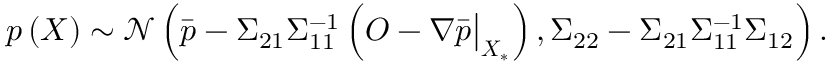
p \left( \boldsymbol { X } \right) \sim \mathcal { N } \left( \bar { p } - \Sigma _ { 2 1 } \Sigma _ { 1 1 } ^ { - 1 } \left( \boldsymbol { O } - \nabla \bar { p } \big | _ { \boldsymbol { X } _ { * } } \right) , \Sigma _ { 2 2 } - \Sigma _ { 2 1 } \Sigma _ { 1 1 } ^ { - 1 } \Sigma _ { 1 2 } \right) .